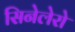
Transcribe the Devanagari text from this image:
सिनेलेरो